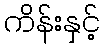
ကိန်းနှင့်